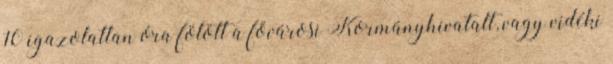
10 igazolatlan óra fölött a fővárosi Kormányhivatalt, vagy vidéki